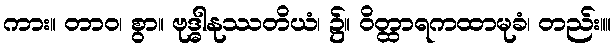
ကား။ တာဝ၊ စွာ။ ဗုဒ္ဓါနုဿတိယံ၊ ၌။ ဝိတ္ထာရကထာမုခံ၊ တည်း။။